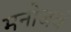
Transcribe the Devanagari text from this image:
मनोजवं